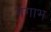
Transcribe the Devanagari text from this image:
गंगाभ